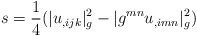
\begin{align*}s=\frac{1}{4}(|u_{,ijk}|_g^2-|g^{mn}u_{,imn}|_g^2)\end{align*}